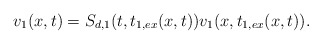
\begin{align*} v_1(x,t)&=S_{d,1}(t,t_{1,ex}(x,t))v_1(x,t_{1,ex}(x,t)).\end{align*}